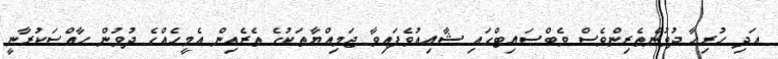
އަދި ހުރިހާ ދުވުންތެރިންވެސް ވެބްސައިޓްގައި ޝާއިއުވެފައިވާ ޖަމިއްޔާތަކުގެ ތެރެއިން އެމީހެއްގެ ދުވުން ހާއްސަކުރާނީ